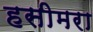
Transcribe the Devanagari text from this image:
हसीमरा